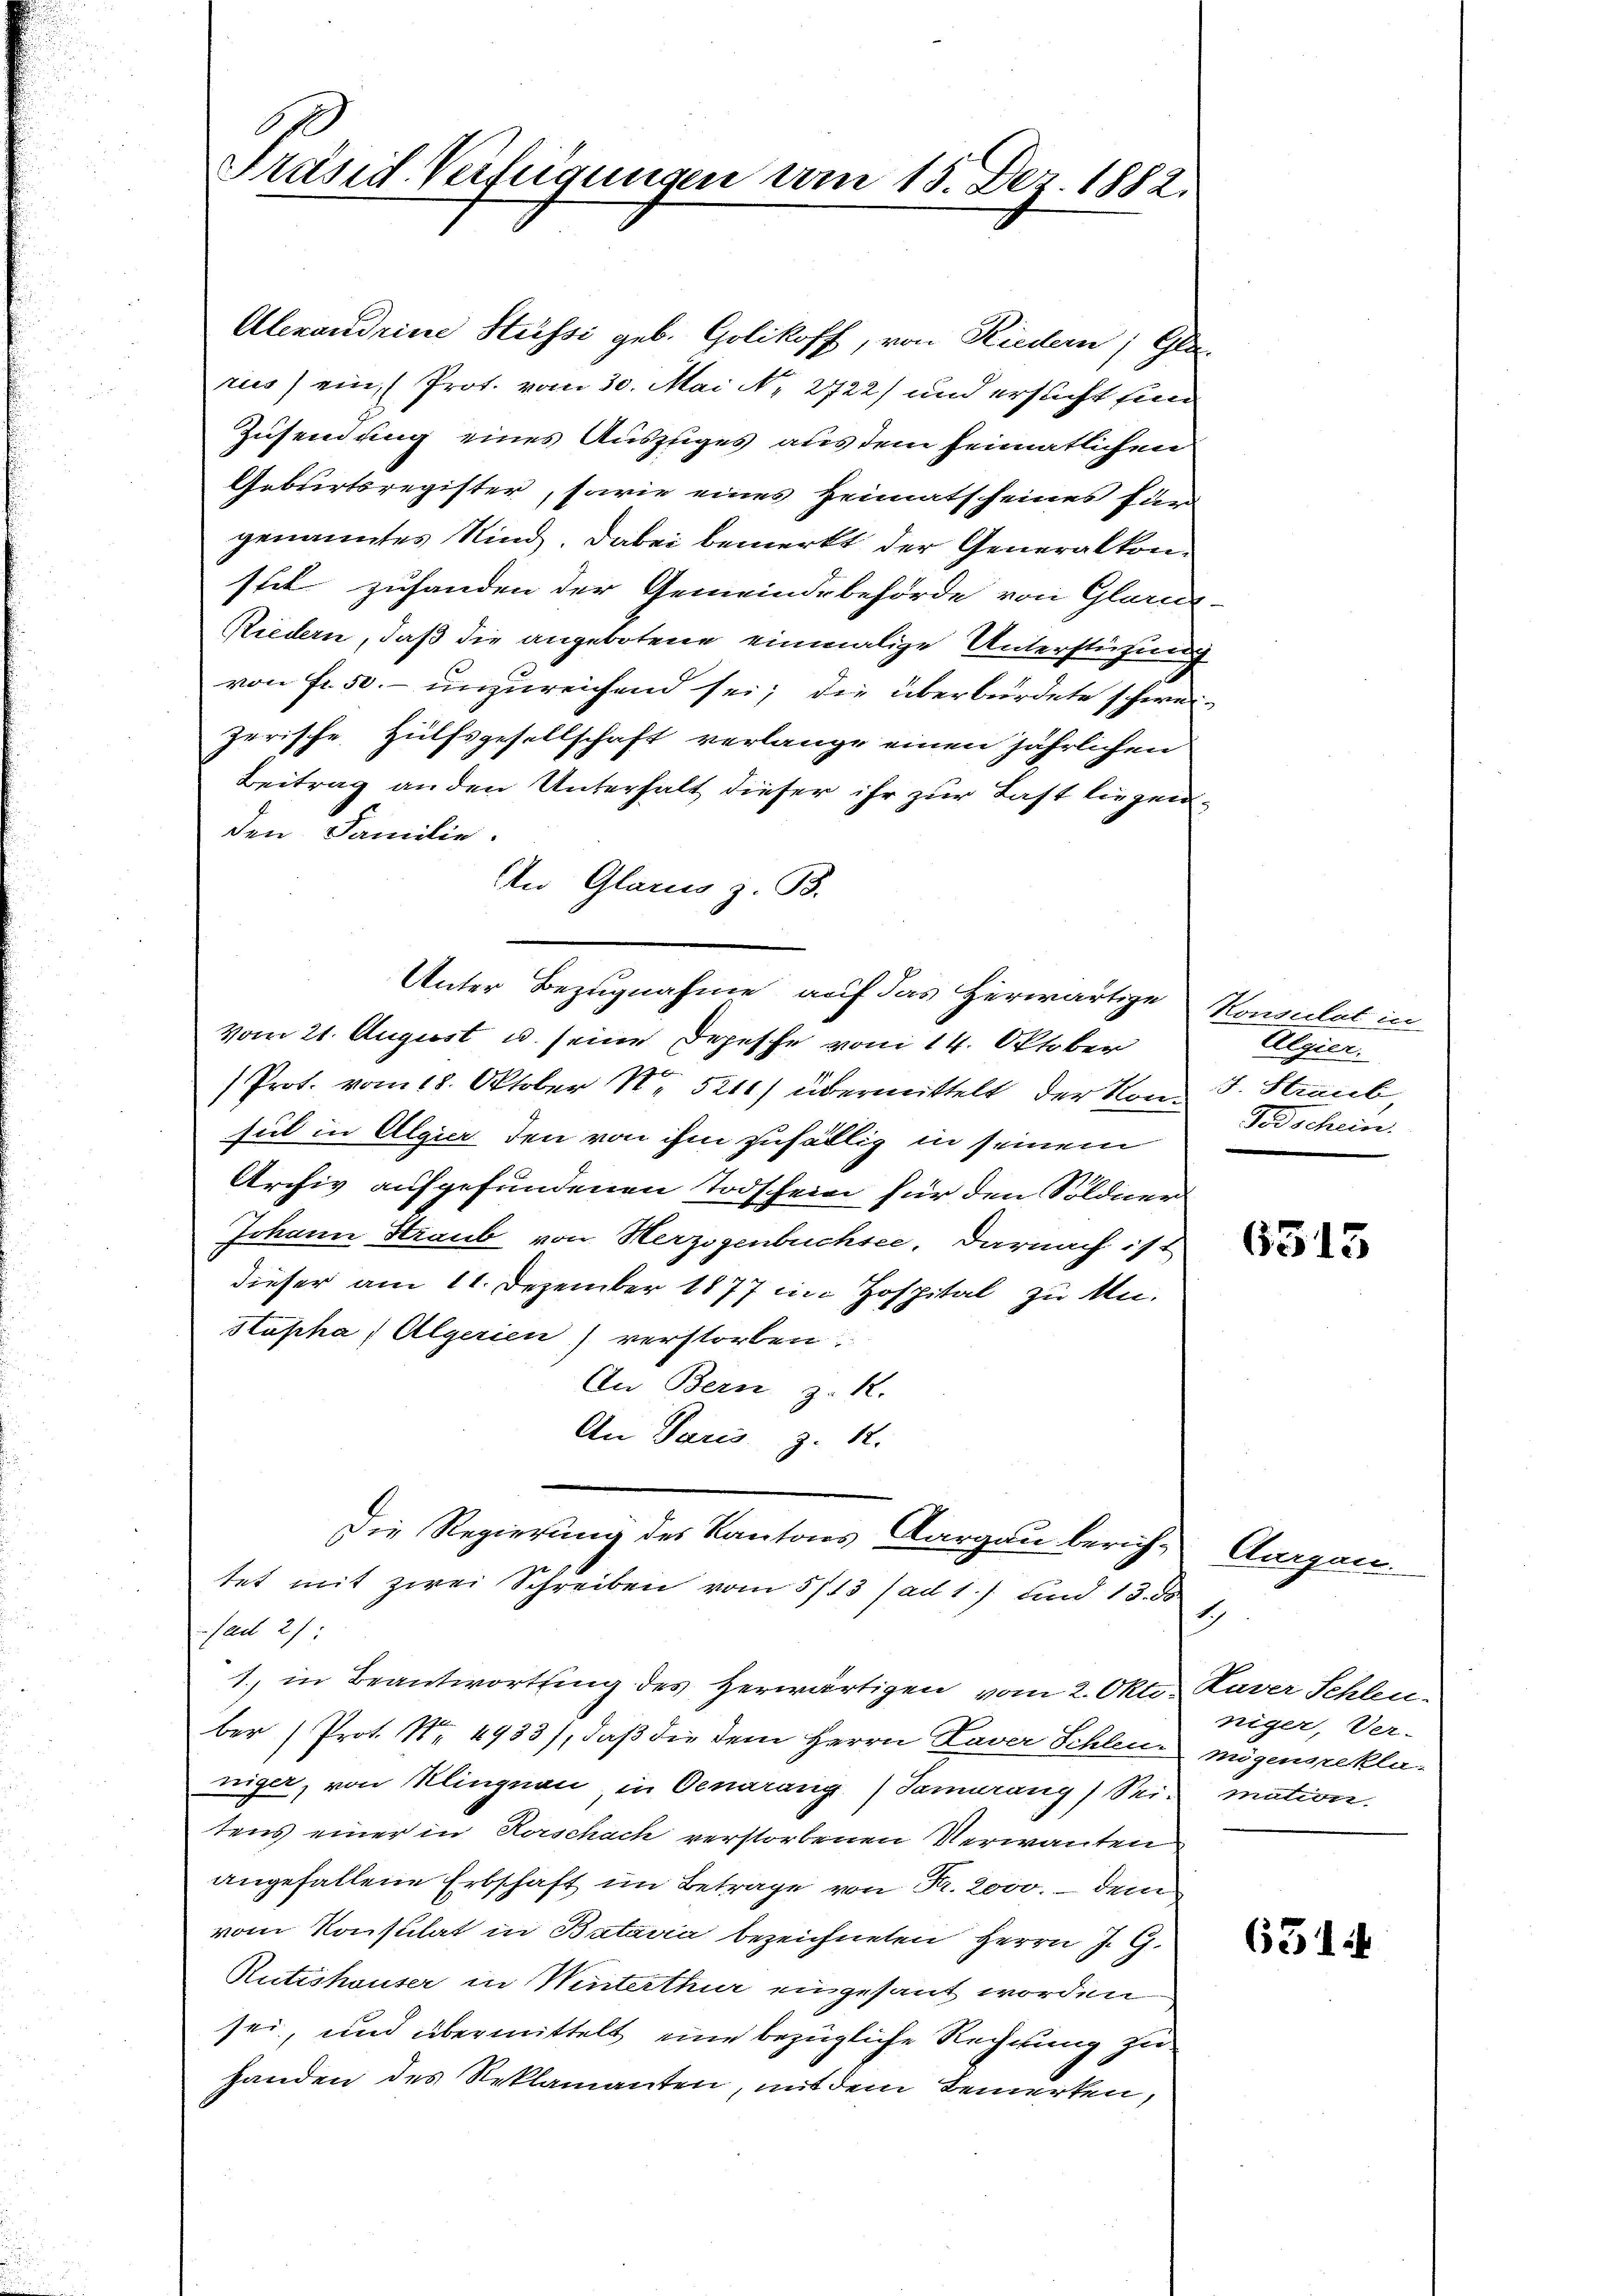
Präsid-Verfügungen am 15. Dez. 1882.

Alexandrine Hüssi geb. Golikoff, von Riedern; Gla-
rus) ein (Prot. vom 30. Mai N. 2722) und ersucht fin
Zusendung eines Auszuges aus dem heimatlichen
Geburtsregister, sowie eines Heimatscheines für
genanntes Kind. Dabei bemerkt der Generalkonstil zuhanden der Gemeindebehörde von Glarus-
Riedern, daß die angebotene einmalige Unterstützung
von Fr. 50.- unzureichend sei; die überbürdete schweizerische Hülfsgesellschaft verlange einen jährlichen
Beitrag an den Unterhalt dieser ihr zur Last liegenden Familie.
An Glarus z. B.
vom 21. August u. seine Depesche vom 14. Oktober
Prof. vom 18. Oktober N. 521) übermittelt der von J. Straub,
sul in Algier den von ihm zufällig in seinem
Archiv aufgefundenen Todschein für den Söldner
Johann Straub von Herzogenbuchsee. Darnach ist
dieser am 11. Dezember 1877 im Hospital zu An-
stupha Algerien) verstorben.
An Bern z. K.
An Paris z. 12.
Die Regierung des Kantons Aargau bericht Aargau.
tet mit zwei Schreiben vom 5/13 (ad 1.) und 13. d
1
fad 27:
1., in Beantwortung des herwärtigen vom 2. Okto Kaver Schleuber (Prot. Nr. 4933), daß die dem Herrn Laver Schlen mögensreklaniger, von Klingnau in Oenarang (Tamurang) Sei- mation.
tens einer in Rorschach verstorbenen Verwanten
angefallene Erbschaft im Betrage von Fr. 2000. – dem
vom Konsulat in Batavia bezeichneten Herrn J. G.
Rutishauser in Winterthur eingesant worden
sei, und übermittelt eine bezügliche Rechnung zu
handen des Reklamanten, mit dem Bemerken,

Unter Bezugnahme auf das herwärtige Konsulat in

Algier.
Todschein

6513

niger, Ver-

6514